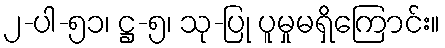
၂-ပါ-၅၁၊ ဋ္ဌ-၅၊ သု-ပြု ပူမှုမရှိကြောင်း။